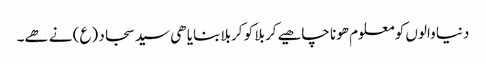
دنیا والوں کو معلوم ھونا چاھیے کربلا کو کربلا بنایا ھی سید سجاد (ع) نے ھے۔